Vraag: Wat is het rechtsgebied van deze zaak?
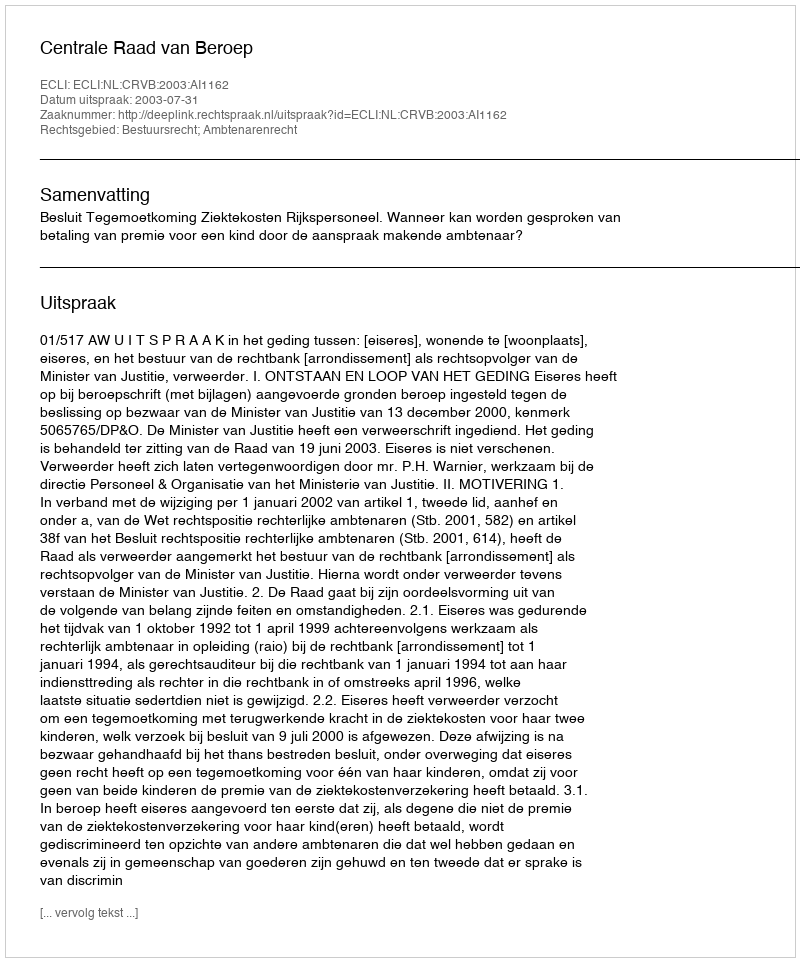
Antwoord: Bestuursrecht; Ambtenarenrecht